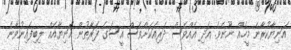
އަނިޔާކުރާނެ މީހެއް ނޫނެވެ. އަދި އެއްވެސް ދަރިއަކަށްވެސް އީސަގެ ފަރާތުން އަނިޔާއެއް ލިބިފައިނުވާނެ